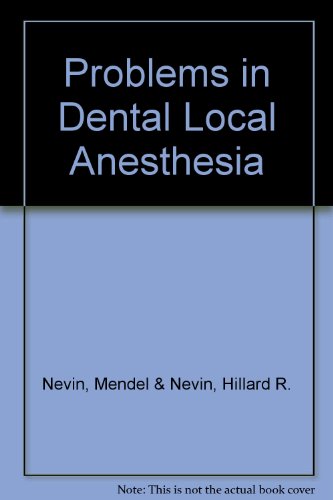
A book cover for Problems in dental local anesthesia; Mendel Nevin; Medical Books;